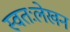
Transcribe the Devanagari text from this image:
स्वतःलेखन